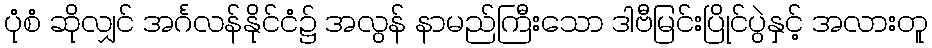
ပုံစံ ဆိုလျှင် အင်္ဂလန်နိုင်ငံ၌ အလွန် နာမည်ကြီးသော ဒါဗီမြင်းပြိုင်ပွဲနှင့် အလားတူ